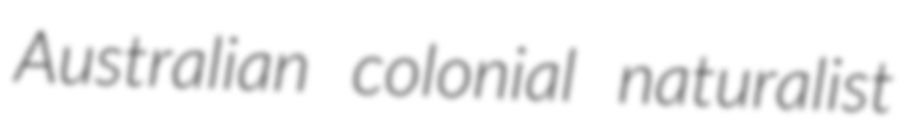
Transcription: Australian colonial naturalist